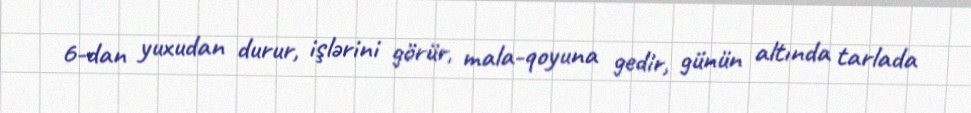
6-dan yuxudan durur, işlərini görür, mala-qoyuna gedir, günün altında tarlada